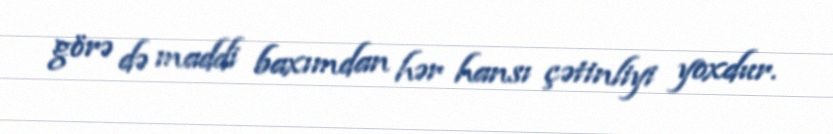
görə də maddi baxımdan hər hansı çətinliyi yoxdur.